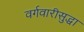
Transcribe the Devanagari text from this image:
वर्गवारीसुद्धा